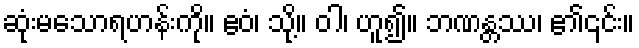
ဆုံးမသောရဟန်းကို။ ဧဝံ၊ သို့။ ဝါ၊ ဟူ၍။ ဘဏန္တဿ၊ ၏၎င်း။